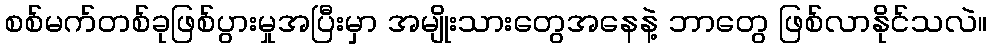
စစ်မက်တစ်ခုဖြစ်ပွားမှုအပြီးမှာ အမျိုးသားတွေအနေနဲ့ ဘာတွေ ဖြစ်လာနိုင်သလဲ။